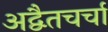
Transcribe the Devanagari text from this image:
अद्वैतचर्चा